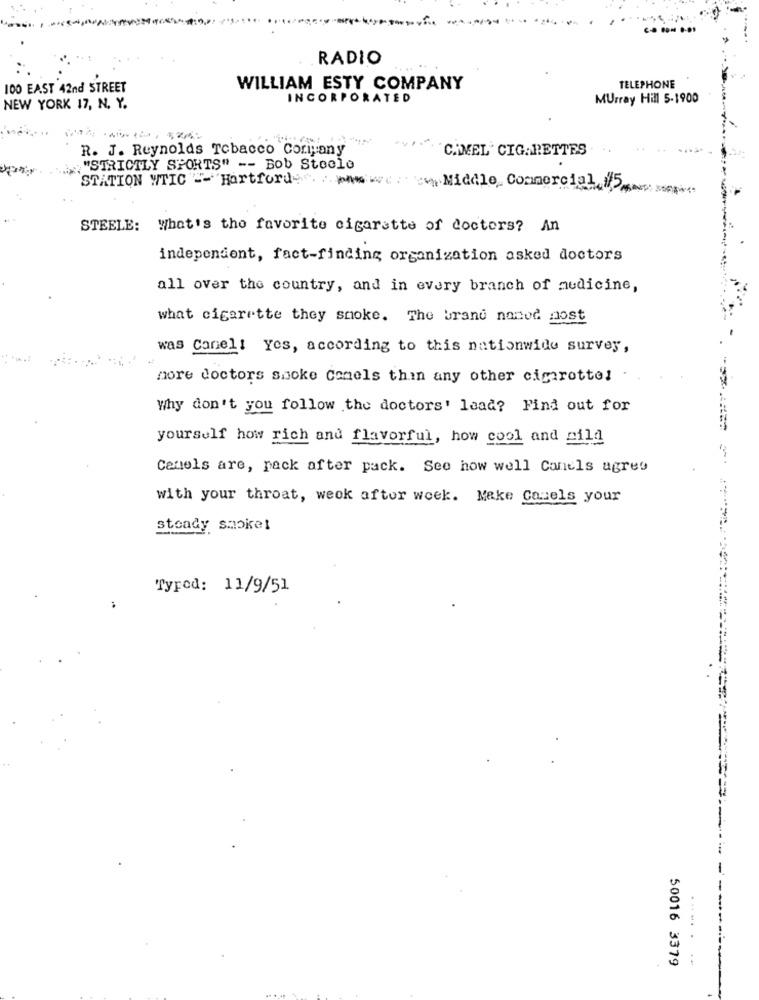
RADIO
100 EAST 42nd STREET
WILLIAM ESTY COMPANY
TELEPHONE
INCORPORATED
Murray Hill 5-1900
NEW YORK 17, N. Y.
R. J. Reynolds Tobacco Coriyany
C. MEL' CIGARETTES
"STRICTLY SPORTS" -- Bob Stoole
STATION WTIC E- Hartforde .: p
www.Middle Commercial 5
STEELE: What's the favorite cigarette of doctors? An
independent, fact-finding organization asked doctors
all over the country, and in every branch of medicine,
what cigarette they smoke. The brand noned nost
was Conel! Yes, according to this nationwide survey,
more doctors smoke Comels thin any other cimrotte!
Why don't you follow the doctors' lead? Find out for
***====
yourself how rich and flavorful, how cool and wild
Cenels are, pack after pack. See how well Canels agres
with your throat, week after week. Make Camels your
steady smoke!
Tyrod: 11/9/51
50016 3379
..